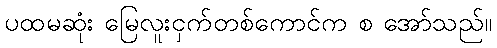
ပထမဆုံး မြေလူးငှက်တစ်ကောင်က စ အော်သည်။